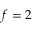
f = 2